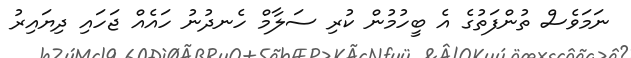
ނަމަވެސް ތުންފަތުގެ އެ ބީހުމުން ކުރި ސަލާމް ހެނދުނު ހައެއް ޖަހައި ދިޔައިރު